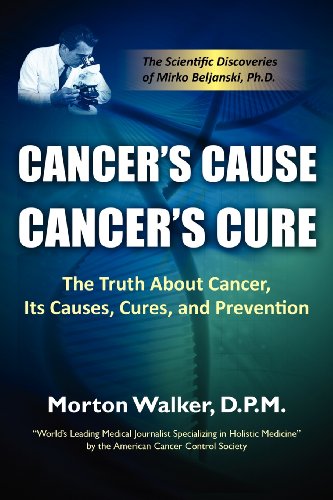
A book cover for Cancer's Cause, Cancer's Cure: The Truth about Cancer, Its Causes, Cures, and Prevention; Morton Walker; Law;